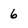
Character: 6